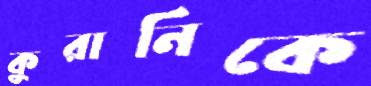
কুরানিকে